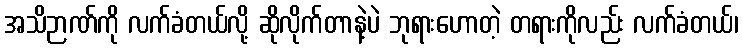
အသိဉာဏ်ကို လက်ခံတယ်လို့ ဆိုလိုက်တာနဲ့ပဲ ဘုရားဟောတဲ့ တရားကိုလည်း လက်ခံတယ်၊